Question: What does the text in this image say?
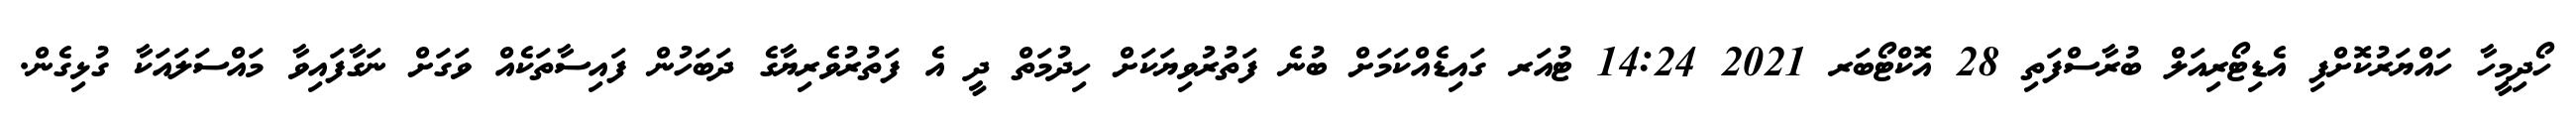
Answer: ހޯދިމީހާ ހައްޔަރުކޮށްފި އެޑިޓޯރިއަލް ބުރާސްފަތި 28 އޮކްޓޯބަރ 2021 14:24 ޓުއަރ ގައިޑެއްކަމަށް ބުނެ ފަތުރުވިޔަކަށް ހިދުމަތް ދީ އެ ފަތުރުވެރިޔާގެ ދަބަހުން ފައިސާތަކެއް ވަގަށް ނަގާފައިވާ މައްސަލައަކާ ގުޅިގެން.